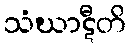
သံဃာဋီတိ